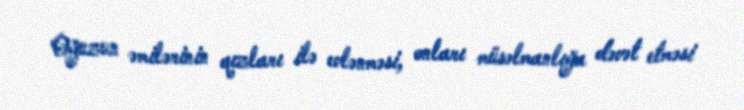
Oğuzun əmilərinin qızları ilə evlənməsi, onları müsəlmanlığa dəvət etməsi